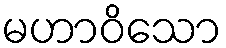
မဟာဝိသော